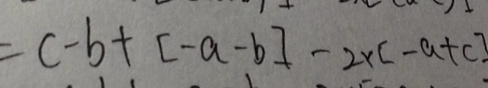
= c - b + [ - a - b ] - 2 \times [ - a + c ]